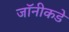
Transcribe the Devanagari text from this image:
जॉनीकडे